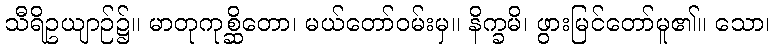
သီရိဥယျာဉ်၌။ မာတုကုစ္ဆိတော၊ မယ်တော်ဝမ်းမှ။ နိက္ခမိ၊ ဖွားမြင်တော်မူ၏။ သော၊